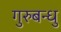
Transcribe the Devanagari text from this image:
गुरुबन्‍धु